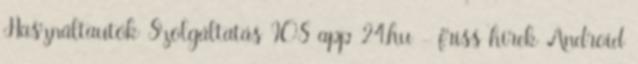
Használtautók Szolgáltatás IOS app 24.hu - friss hírek Android